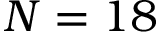
N = 1 8